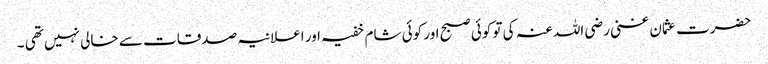
حضرت عثمان غنی رضی اللہ عنہ کی تو کوئی صبح اور کوئی شام خفیہ اور اعلانیہ صدقات سے خالی نہیں تھی ۔